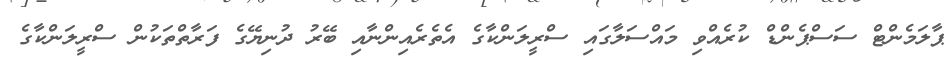
ޕާލަމެންޓް ސަސްޕެންޑް ކުރެއްވި މައްސަލާގައި ސްރީލަންކާގެ އެތެރެއިންނާއި ބޭރު ދުނިޔޭގެ ފަރާތްތަކުން ސްރީލަންކާގެ